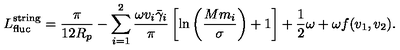
L _ { \mathrm { f l u c } } ^ { \mathrm { s t r i n g } } = \frac { \pi } { 1 2 R _ { p } } - \sum _ { i = 1 } ^ { 2 } \frac { \omega v _ { i } \bar { \gamma } _ { i } } { \pi } \left[ \ln \left( \frac { M m _ { i } } { \sigma } \right) + 1 \right] + \frac { 1 } { 2 } \omega + \omega f ( v _ { 1 } , v _ { 2 } ) .